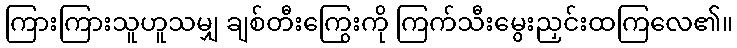
ကြားကြားသူဟူသမျှ ချစ်တီးကြွေးကို ကြက်သီးမွေးညှင်းထကြလေ၏။